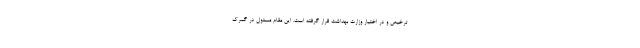
ترخیص و در اختیار وزارت بهداشت قرار گرفته است. این مقام مسئول در گمرک